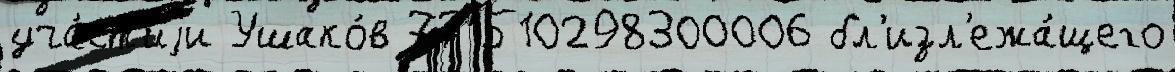
уча́ст'иjи Ушако́в 771510298300006 бл'изл'ежа́щего